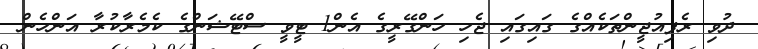
ދުވި ރެފިއުޖީންތަކެއްގެ ގައިގައި ޖެހި ހަންގޭރީގެ އެން1 ޓީވީ ސްޓޭޝަންގެ ކެމެރާކުރާ އަންހެން